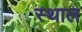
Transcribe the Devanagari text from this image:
स्‍थाल